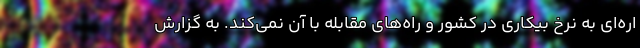
اره‌ای به نرخ بیکاری در کشور و راه‌های مقابله با آن نمی‌کند. به گزارش